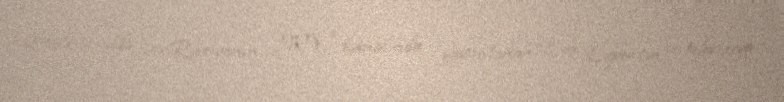
2018-ci ildə isə Rusiyanın NTV kanalında yayımlanan “Sən Supersən!” televiziya